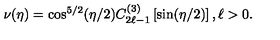
\nu ( \eta ) = \cos ^ { 5 / 2 } ( \eta / 2 ) C _ { 2 \ell - 1 } ^ { ( 3 ) } \left[ \sin ( \eta / 2 ) \right] , \ell > 0 .